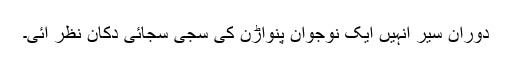
دوران سیر انہیں ایک نوجوان پنواڑن کی سجی سجائی دکان نظر آئی۔